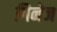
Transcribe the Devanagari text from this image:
गिनेज